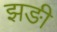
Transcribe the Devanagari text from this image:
झङी